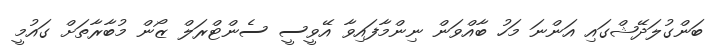
ބަންގުލަދޭޝްގައި އަންނަ މަހު ބާއްވަން ނިންމާފައިވާ އޭވީސީ ސެންޓްރަލް ޒޯން މުބާރާތަށް ގައުމީ